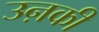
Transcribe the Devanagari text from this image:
उऩकी